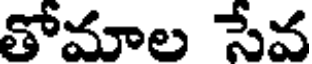
తోమాల సేవ